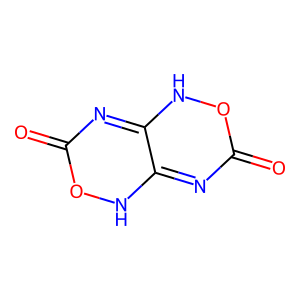
SMILES: O=C1N=C2NOC(=O)N=C2NO1
Inhibits HIV replication: No